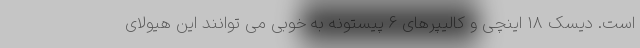
است. دیسک 18 اینچی و کالیپرهای 6 پیستونه به خوبی می توانند این هیولای